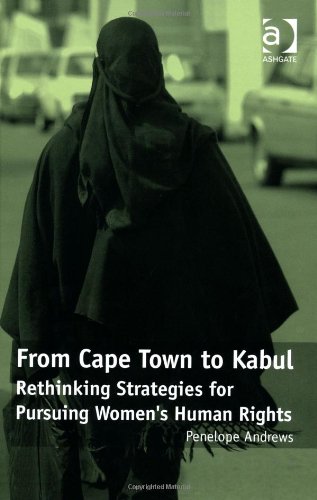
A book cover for From Cape Town to Kabul: Rethinking Strategies for Pursuing Women's Human Rights; Penelope Andrews; Law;